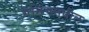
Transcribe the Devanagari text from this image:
गेमिंगमधील